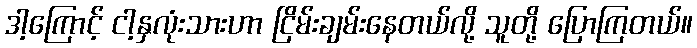
ဒါ့ကြောင့် ငါ့နှလုံးသားဟာ ငြိမ်းချမ်းနေတယ်လို့ သူတို့ ပြောကြတယ်။